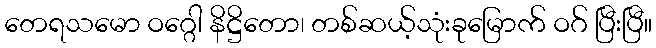
တေရသမော ဝဂ္ဂေါ နိဋ္ဌိတော၊ တစ်ဆယ့်သုံးခုမြောက် ဝဂ် ပြီးပြီ။